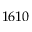
1 6 1 0